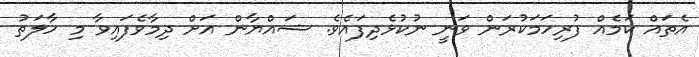
އެތައް ކަމެއް ފުރިހަމަކުރަން ވަނީ ނުކުޅެދިފައެވެ. ޝައްޔާން އަށް ދިމާވެފައިވާ މި ހާލަތު